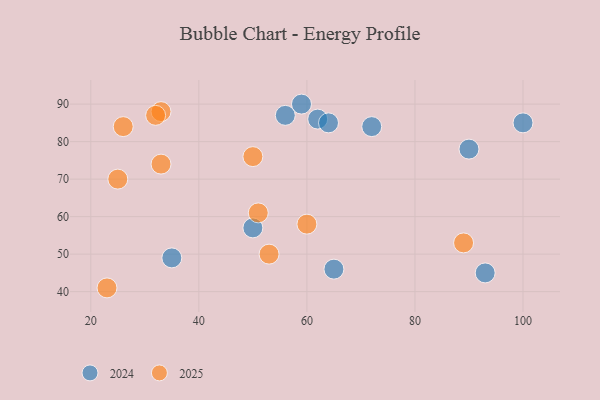
{"axis": {"x": "GDP", "y": "Life Expectancy"}, "legend": ["2024", "2025"], "data": [{"x": "65", "y": 46, "type": "2024"}, {"x": "62", "y": 86, "type": "2024"}, {"x": "35", "y": 49, "type": "2024"}, {"x": "50", "y": 57, "type": "2024"}, {"x": "93", "y": 45, "type": "2024"}, {"x": "59", "y": 90, "type": "2024"}, {"x": "56", "y": 87, "type": "2024"}, {"x": "100", "y": 85, "type": "2024"}, {"x": "72", "y": 84, "type": "2024"}, {"x": "64", "y": 85, "type": "2024"}, {"x": "90", "y": 78, "type": "2024"}, {"x": "33", "y": 74, "type": "2025"}, {"x": "51", "y": 61, "type": "2025"}, {"x": "23", "y": 41, "type": "2025"}, {"x": "33", "y": 88, "type": "2025"}, {"x": "25", "y": 70, "type": "2025"}, {"x": "32", "y": 87, "type": "2025"}, {"x": "89", "y": 53, "type": "2025"}, {"x": "53", "y": 50, "type": "2025"}, {"x": "50", "y": 76, "type": "2025"}, {"x": "26", "y": 84, "type": "2025"}, {"x": "60", "y": 58, "type": "2025"}]}